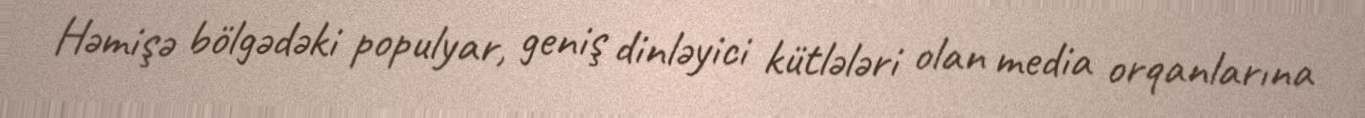
Həmişə bölgədəki populyar, geniş dinləyici kütlələri olan media orqanlarına